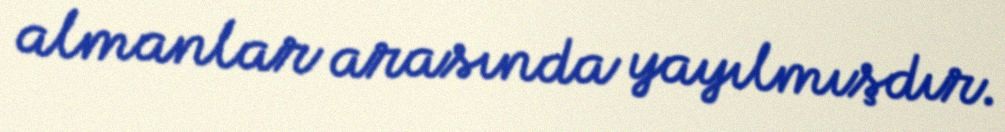
almanlar arasında yayılmışdır.